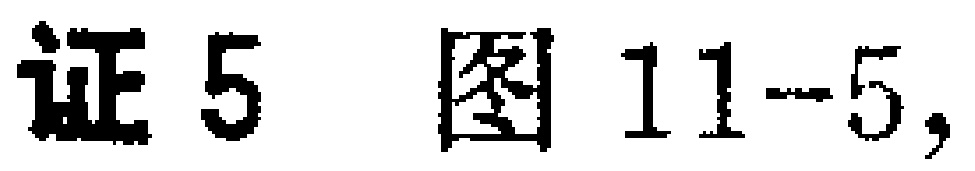
证5 图11-5，